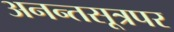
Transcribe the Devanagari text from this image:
अनन्तसूत्रपर